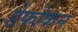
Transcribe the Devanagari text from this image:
डेफोकन